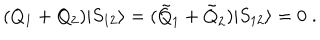
LaTeX: ( Q _ { 1 } + Q _ { 2 } ) | S _ { 1 2 } \rangle = ( \tilde { Q } _ { 1 } + \tilde { Q } _ { 2 } ) | S _ { 1 2 } \rangle = 0 \; .